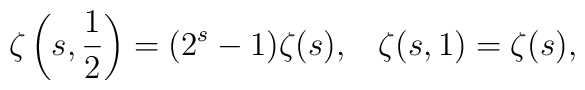
\zeta \left( s, \frac{1}{2} \right) = (2^{s}-1) \zeta (s), \; \; \; \zeta (s,1) = \zeta (s),